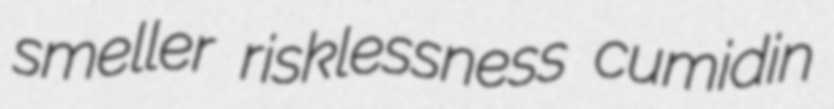
smeller risklessness cumidin